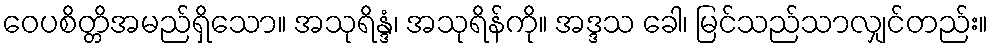
ဝေပစိတ္တိအမည်ရှိသော။ အသုရိန္ဒံ၊ အသုရိန်ကို။ အဒ္ဒသ ခေါ၊ မြင်သည်သာလျှင်တည်း။